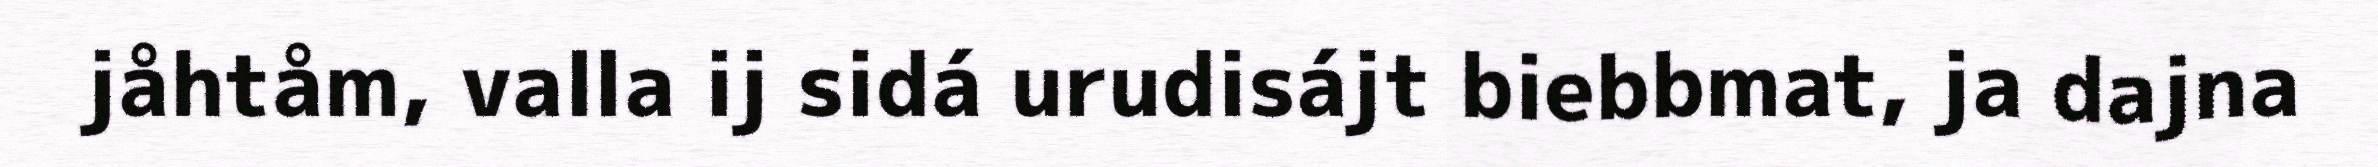
jåhtåm, valla ij sidá urudisájt biebbmat, ja dajna